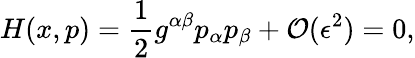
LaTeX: H(x,p)=\frac{1}{2}g^{\alpha\beta}p_{\alpha}p_{\beta}+\mathcal{O}(\epsilon^{2})=0,